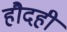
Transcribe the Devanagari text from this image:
हौदही